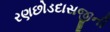
રણછોડદાસજીની